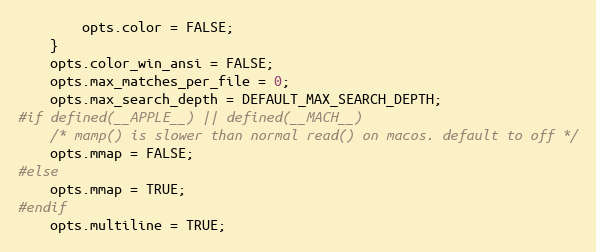
Language: C
        opts.color = FALSE;
    }
    opts.color_win_ansi = FALSE;
    opts.max_matches_per_file = 0;
    opts.max_search_depth = DEFAULT_MAX_SEARCH_DEPTH;
#if defined(__APPLE__) || defined(__MACH__)
    /* mamp() is slower than normal read() on macos. default to off */
    opts.mmap = FALSE;
#else
    opts.mmap = TRUE;
#endif
    opts.multiline = TRUE;